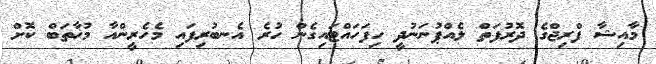
މާއިޝާ ފްރިޖްގެ ދޮރުފަތް ލެއްޕުނަނުދީ ހިފަހައްޓައިގެން ހުރެ އެނބުރިފައި މެހެރީންއާ މުޚާތަބް ކޮށް